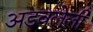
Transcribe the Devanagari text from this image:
अडवलेली